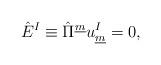
LaTeX: \begin{align*}\hat{E}^{I} \equiv \hat{\Pi}^{\underline{m}} u^{I}_{\underline{m}}=0, \qquad\end{align*}